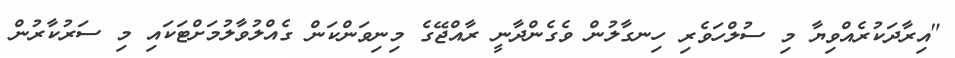
"އިރާދަކުރެއްވިޔާ މި ސުލްހަވެރި ހިނގާލުން ވެގެންދާނީ ރާއްޖޭގެ މިނިވަންކަން ގެއްލުވާލުމަށްޓަކައި މި ސަރުކާރުން